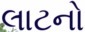
લાટનો